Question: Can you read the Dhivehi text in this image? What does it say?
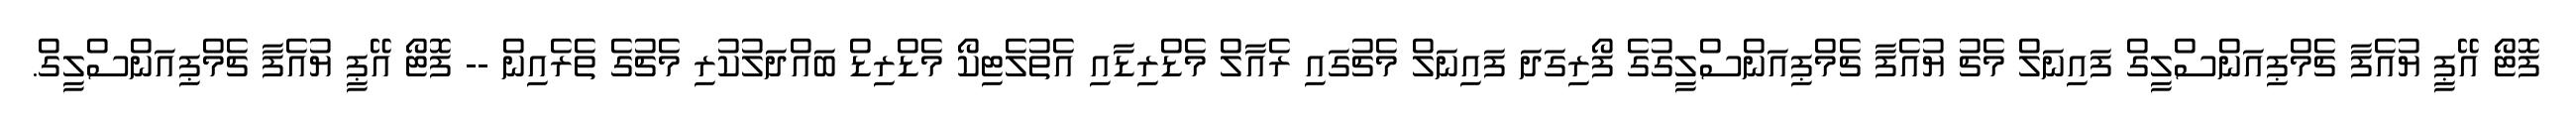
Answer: ފޮޓޯ އޭޕީ ޔުއެފާ ޗެމްޕިއަންސްލީގް ފައިނަލް މެޗު ޔުއެފާ ޗެމްޕިއަންސްލީގުގެ ފޯރިގަދަ ފައިނަލް މެޗުގައި ރެއާލް މެޑްރިޑާއި އެތުލެޓިކޯ މެޑްރިޑް ބައްދަލުކުރި މެޗުގެ ތެރެއިން -- ފޮޓޯ އޭޕީ ޔުއެފާ ޗެމްޕިއަންސްލީގް.